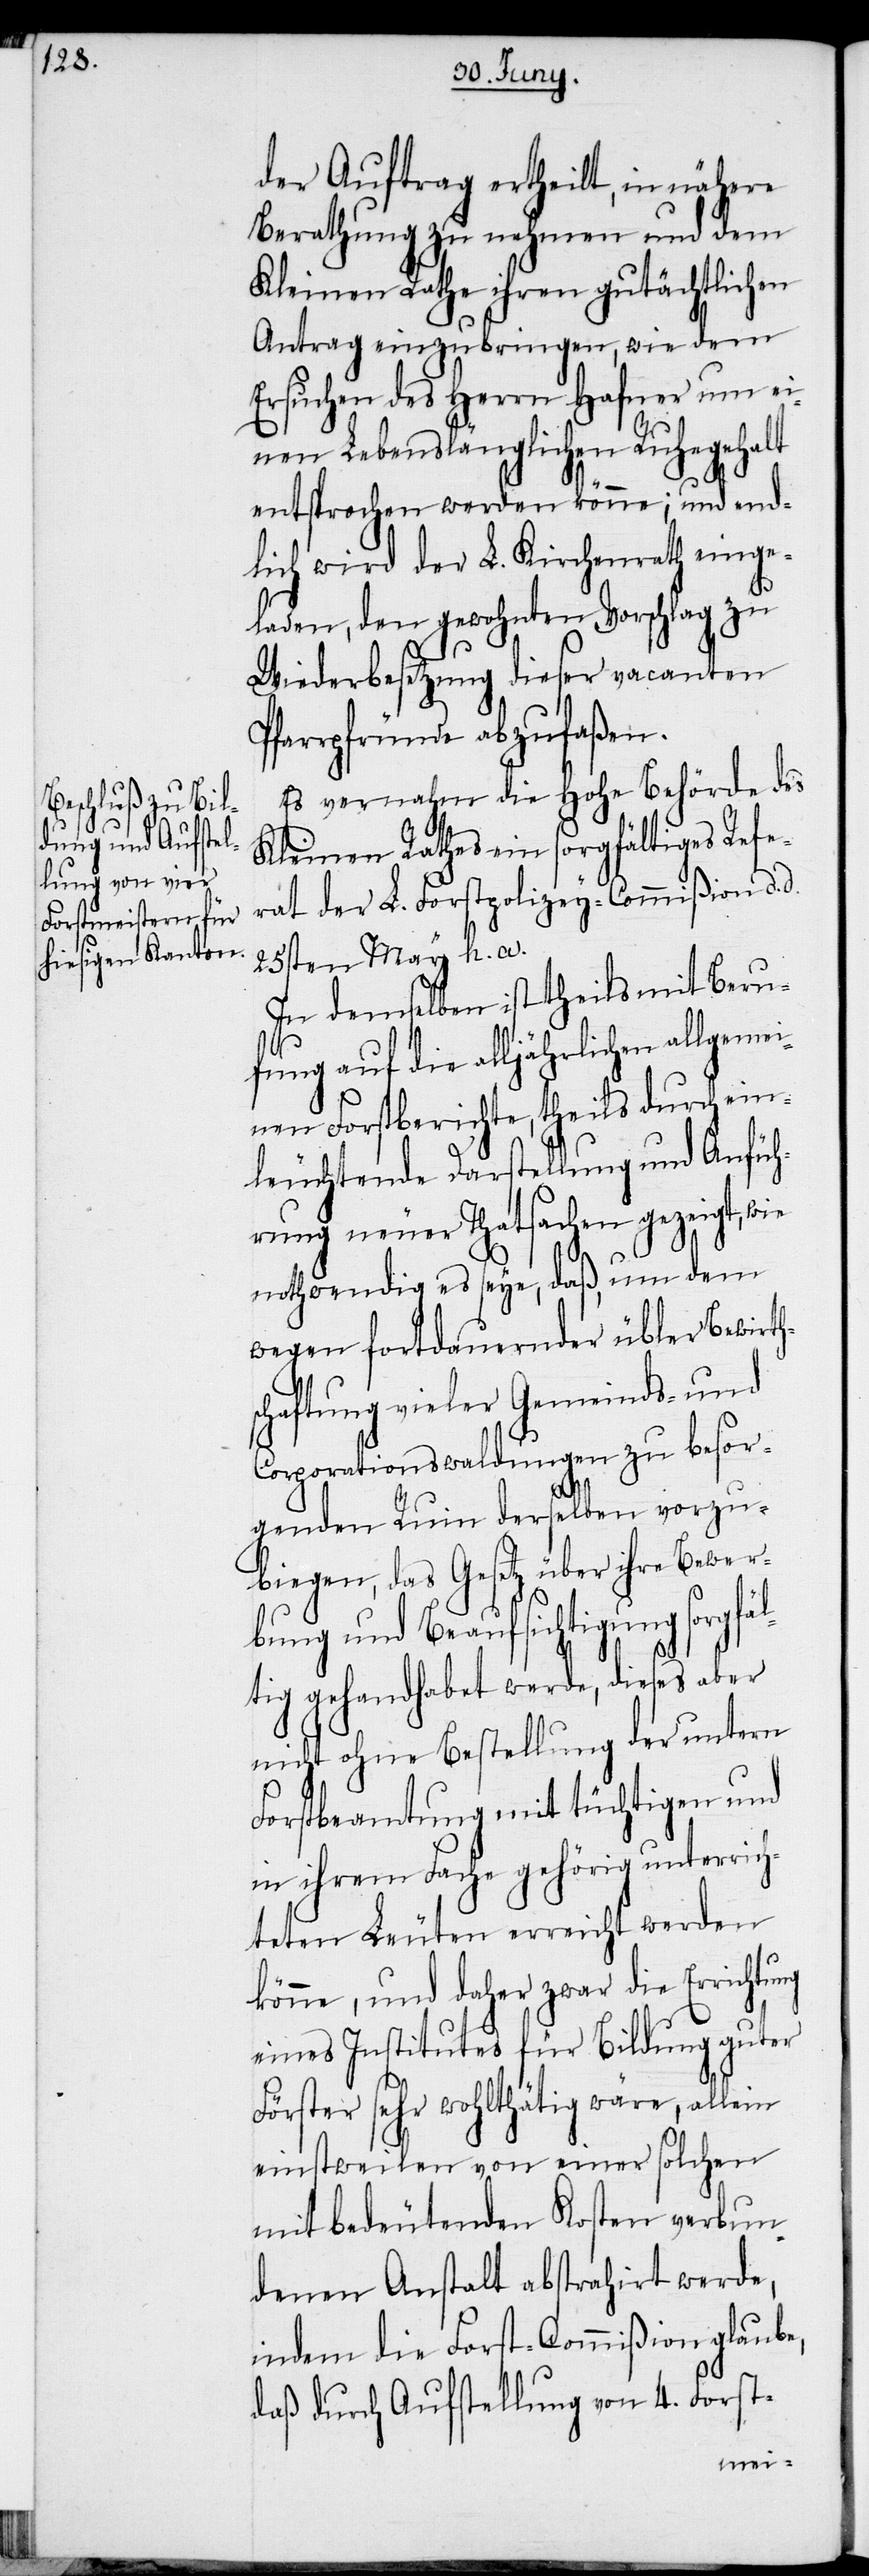
ng

der Auftrag ertheilt, in nähere
Berathung zu nehmen und dem
Kleinen Rathe ihren gutächtlichen
Antrag einzubringen, wie dem
Ersuchen des Herrn Hafner um ei¬
nen Lebenslänglichen Ruhegehalt
entsprochen werden könne; und end¬
lich wird der L. Kirchenrath einge¬
laden, den gewohnten Vorschlag zu
Wiederbesetzung dieser vacanten
Pfarrpfründe abzufaßen.
Es vernahm die Hohe Behörde des
Kleinen Rathes ein sorgfältiges Refe¬
rat der L. Forstpolizey-Commißion d.
25sten May h. a.
In demselben ist theils mit Beru¬
fung auf die alljährlichen allgeme¬
inen Forstberichte, theils durch ein¬
leuchtende Darstellung und Anfüh¬
rung neuer Thatsachen gezeigt, wie
nothwendig es seye, daß um dem
wegen fortdauernder übler Bewirth¬
chaftung vieler Gemeinds- und
Corporationswaldungen zu besor¬
genden Ruin derselben vorzu¬
biegen, das Gesetz über ihre Bewer¬
bung und Beaufsichtigung sorgfä¬
ltig gehandhabet werde, dieses aber
nicht ohne Bestellung der untern
Forstbeamtung mit tüchtigen und
in ihrem Fache gehörig unterrich¬
teten Leuten erreicht werden
könne, und daher zwar die Errichtu¬
eines Institutes für Bildung guter
Förster sehr wohlthätig wäre, allein
einstweilen von einer solchen
mit bedeutenden Kosten verbun¬
denen Anstalt abstrahirt werde,
indem die Forst-Commißion glaube,
daß durch Aufstellung von 4. Forst-